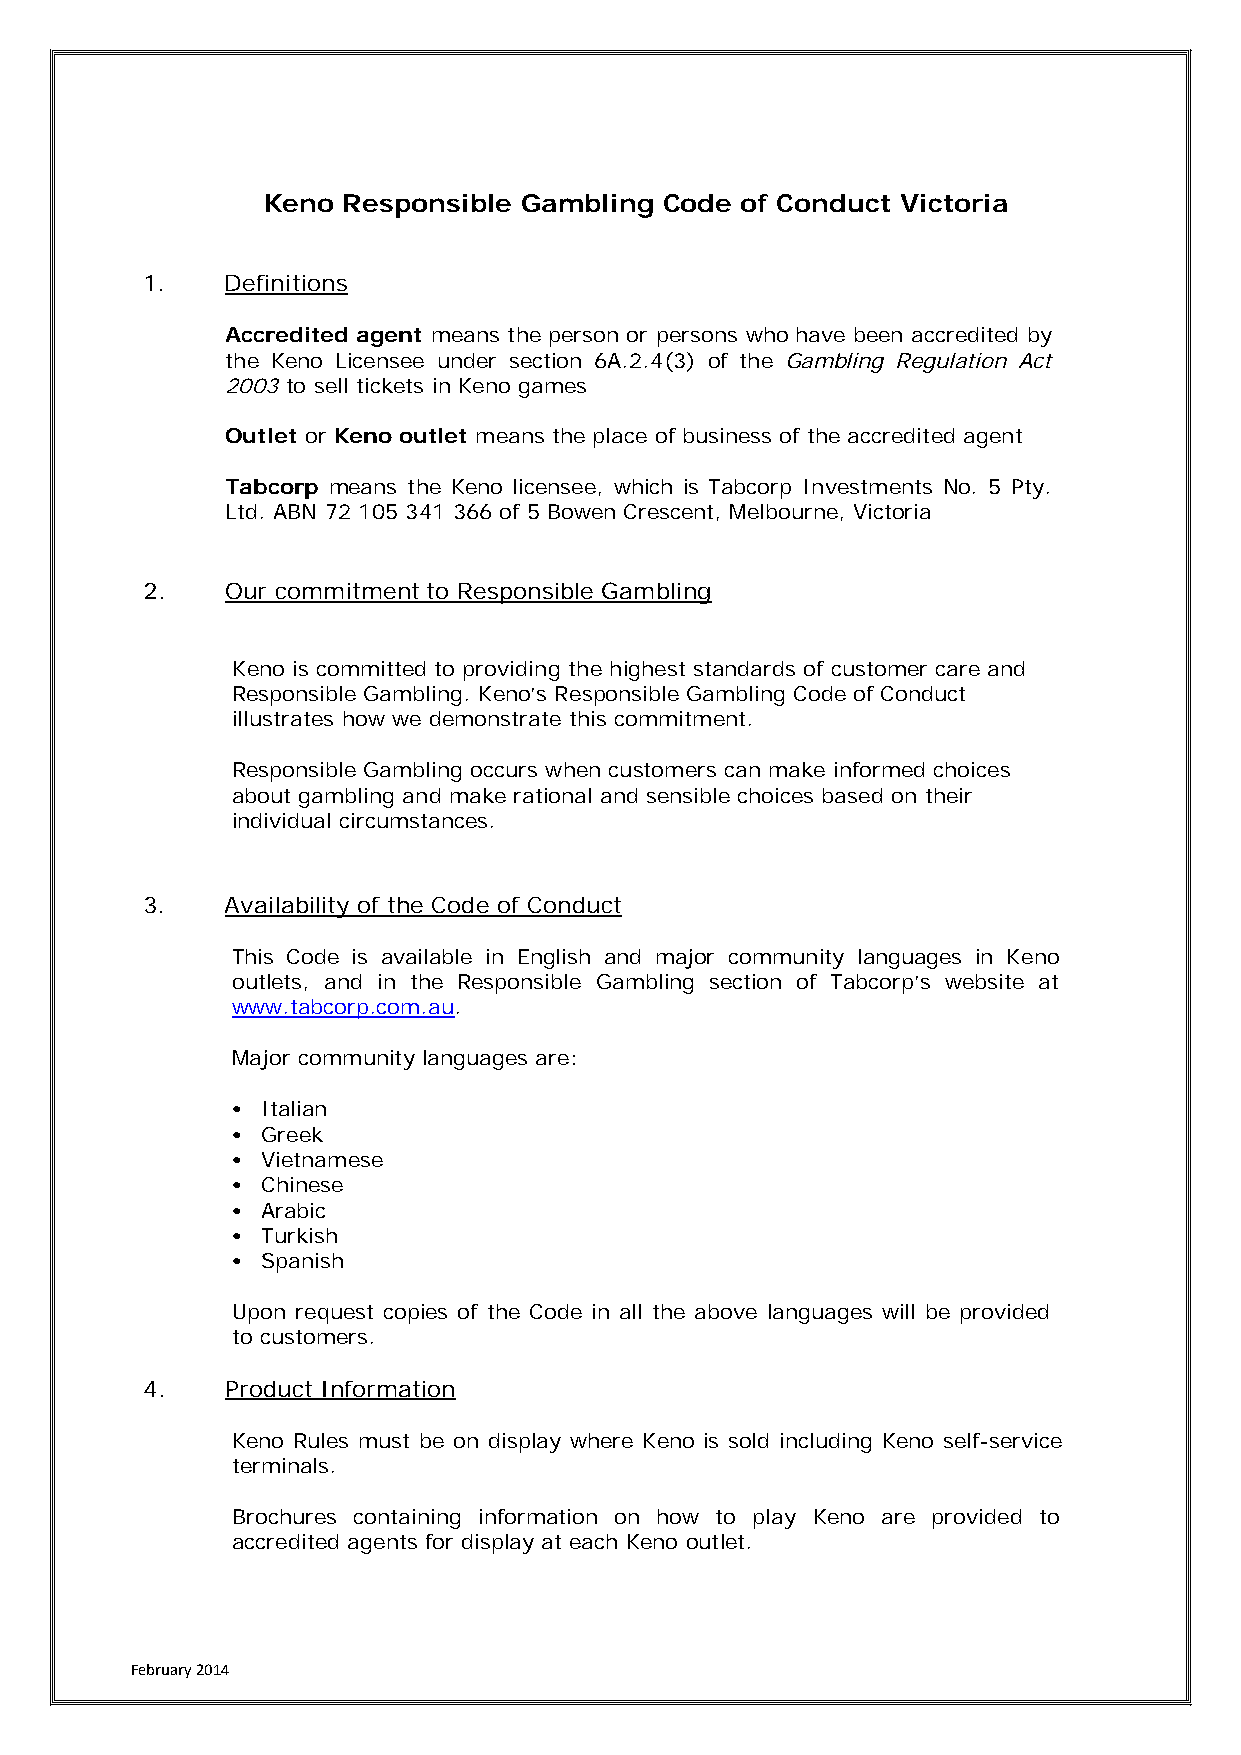
Keno  Responsible Gambling Code of Conduct Victoria
 1.    Definitions
 Accredited agent means the person or persons who have been accredited by
 the Keno Licensee under section 6A.2.4(3) of the Gambling Regulation Act
 2003 to sell tickets in Keno games
 Outlet or Keno outlet means the place of business of the accredited agent
 Tabcorp means the Keno licensee, which is Tabcorp Investments No. 5 Pty.
 Ltd. ABN 72 105 341 366 of 5 Bowen Crescent, Melbourne, Victoria
 2.    Our commitment to Responsible Gambling
 Keno is committed to providing the highest standards of customer care and
 Responsible Gambling. Keno’s Responsible Gambling Code of Conduct
 illustrates how we demonstrate this commitment.
 Responsible Gambling occurs when customers can make informed choices
 about gambling and make rational and sensible choices based on their
 individual circumstances.
 3.    Availability of the Code of Conduct
 This Code is available in English and major community languages in Keno
 outlets, and in the Responsible Gambling section of Tabcorp’s website at
 www.tabcorp.com.au.
 Major community languages are:
 • Italian
 • Greek
 • Vietnamese
 • Chinese
 • Arabic
 • Turkish
 • Spanish
 Upon request copies of the Code in all the above languages will be provided
 to customers.
 4.    Product Information
 Keno Rules must be on display where Keno is sold including Keno self-service
 terminals.
 Brochures containing information on how to play Keno are provided to
 accredited agents for display at each Keno outlet.
 February 2014